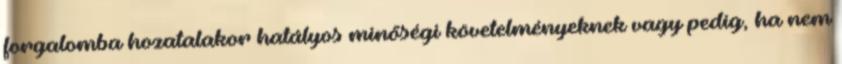
forgalomba hozatalakor hatályos minőségi követelményeknek vagy pedig, ha nem